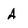
Character: A